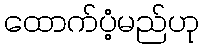
ထောက်ပံ့မည်ဟု